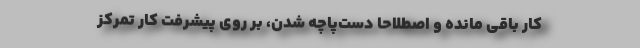
کار باقی مانده و اصطلاحاً دست‌پاچه شدن، ‌بر روی پیشرفت کار تمرکز